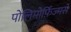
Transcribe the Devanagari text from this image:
पोलिमोर्फ़िज्मसे